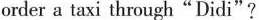
order a taxi through"Didi"?